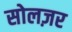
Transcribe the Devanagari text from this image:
सोलज़र